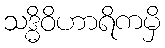
သဒ္ဓိဝိဟာရိကမှိ